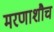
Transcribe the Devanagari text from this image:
मरणाशौच